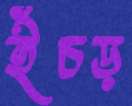
ইঁচড়